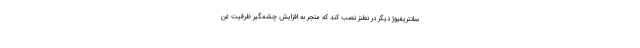
سانتریفیوژ دیگر در نطنز نصب کند که منجر به افزایش چشمگیر ظرفیت غن